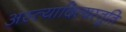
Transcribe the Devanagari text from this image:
अस्त्यादित्यस्तुति